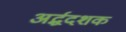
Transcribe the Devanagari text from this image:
अर्द्धदशक